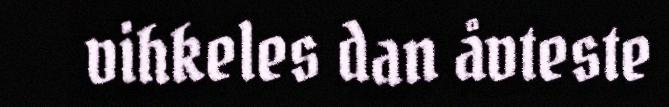
vihkeles dan åvteste